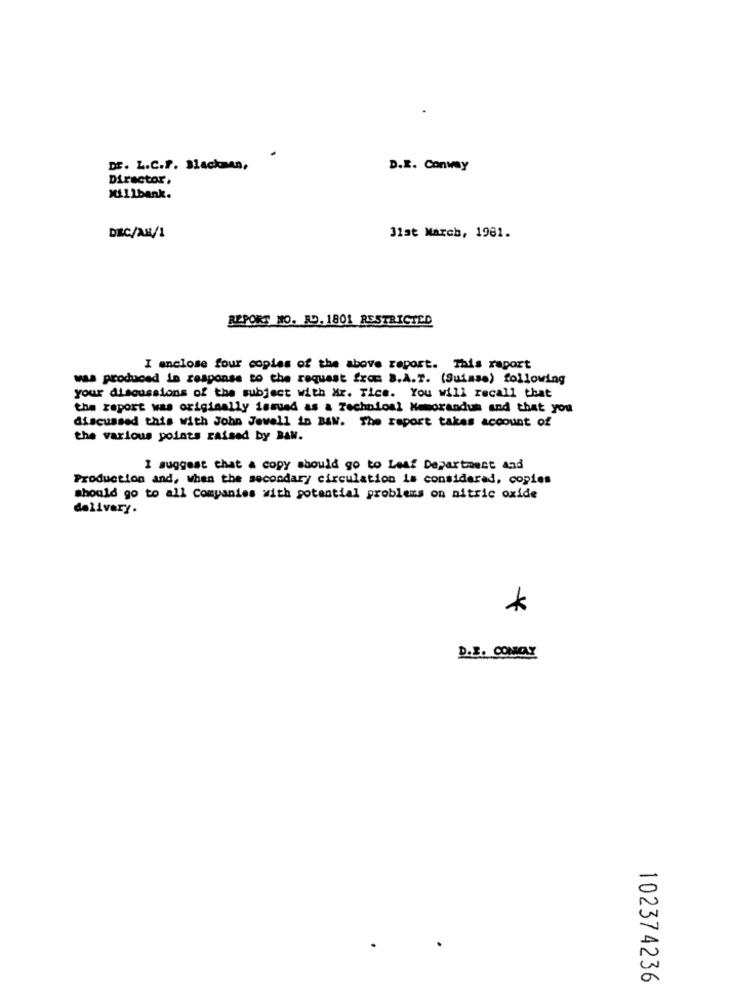
DE. L.C.F. Blackman,
D.E. Conway
Director,
Millbank.
DIEC/AM/1
31st March, 1981.
REPORT NO. RD. 1801 RESTRICTED
I enclose four copies of the above report. This report
was produced in response to the request from B.A.T. (Suisse) following
your discussions of the subject with Xr. Tice. You will recall that
the report was originally issued as & Technioal Memorandum and that you
discussed this with John Jewell io BAN. The report takes account of
the various points raised by BAN.
I suggest that a copy should go to Leaf Department and
Production and, when the secondary circulation is considered, copies
should go to all Companies with potential problems on nitric oxide
delivery.
*
D.E. COMCLY
102374236